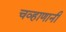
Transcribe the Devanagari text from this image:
चव्हाणानी